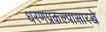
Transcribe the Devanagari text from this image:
धरणप्रकल्पासारखे